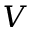
V